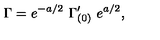
\Gamma = e ^ { - a / 2 } \ \Gamma _ { ( 0 ) } ^ { \prime } \ e ^ { a / 2 } ,